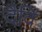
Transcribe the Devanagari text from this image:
दैवि